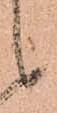
之